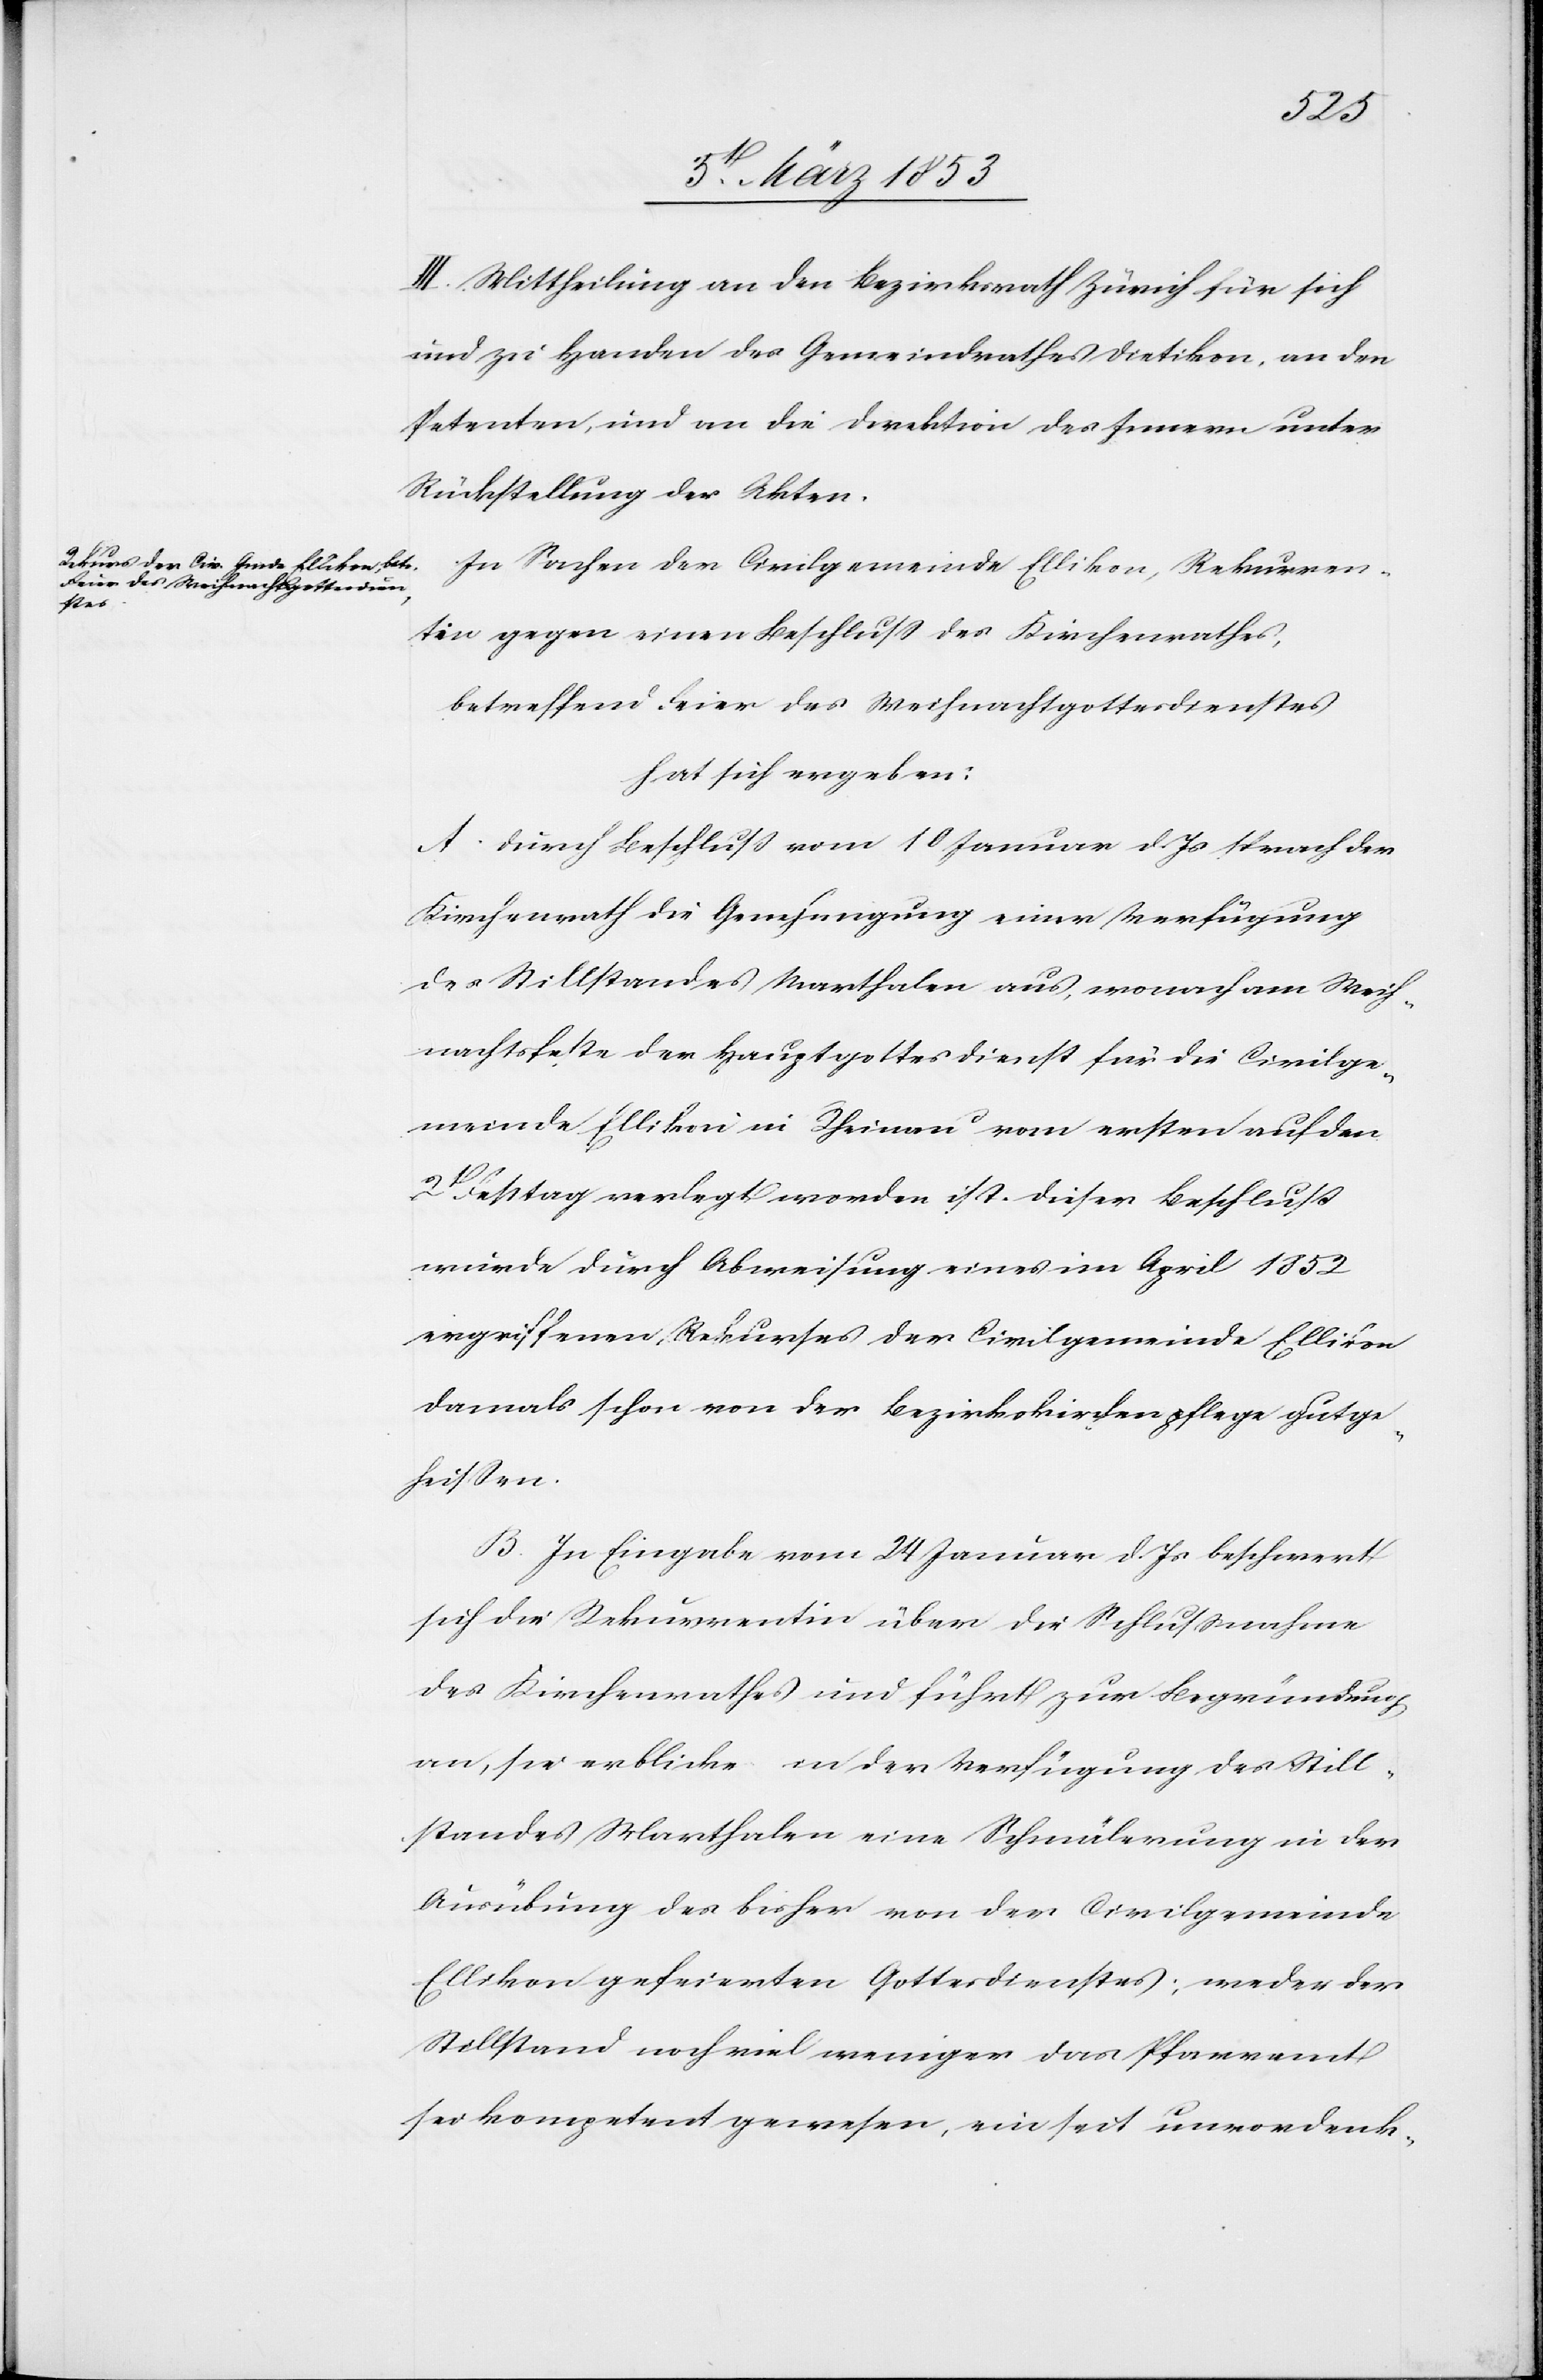
2t.
III. Mittheilung an den Bezirksrath Zürich für sich
und zu Handen des Gemeindrathes Dietikon, an den
Petenten, und an die Direktion des Innern unter
Rückstellung der Akten.
In Sachen der Civilgemeinde Ellikon, Rekurren¬
tin gegen einen Beschluß des Kirchenrathes,
betreffend Feier des Weihnachtsgottesdienstes
hat sich ergeben:
Durch Beschluß vom 10 Januar d. Js. sprach der
Kirchenrath die Genehmigung einer Verfügung
des Stillstandes Marthalen aus, wonach am Weih¬
nachtsfeste der Hauptgottesdienst für die Civilge¬
meinde Ellikon in Rheinau vom ersten auf den
Festtag verlegt worden ist. Dieser Beschluß
wurde durch Abweisung eines im April 1852
ergriffenen Rekurses der Civilgemeinde Ellikon
damals schon von der Bezirkskirchenpflege gutge¬
heißen.
In Eingabe vom 24 Januar d. Js. beschwert
sich die Rekurrentin über die Schlußnahme
des Kirchenrathes und führt zur Begründung
an, sie erblicke in der Verfügung des Still¬
standes Marthalen eine Schmälerung in der
Ausübung des bisher von der Civilgemeinde
Ellikon gefeierten Gottesdienstes; weder der
Stillstand noch viel weniger das Pfarramt
sei kompetent gewesen, ein seit unvordenk-